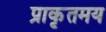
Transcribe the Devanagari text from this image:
प्राकृतमय